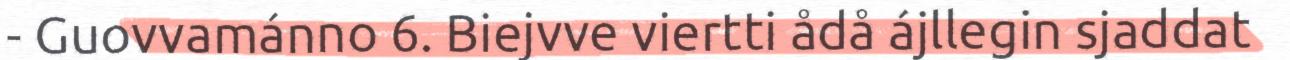
- Guovvamánno 6. Biejvve viertti ådå ájllegin sjaddat